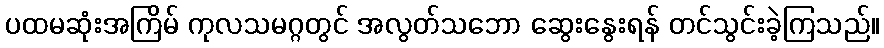
ပထမဆုံးအကြိမ် ကုလသမဂ္ဂတွင် အလွတ်သဘော ဆွေးနွေးရန် တင်သွင်းခဲ့ကြသည်။